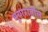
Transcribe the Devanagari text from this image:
भुयारातील